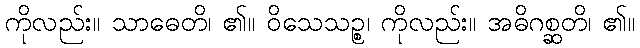
ကိုလည်း။ သာဓေတိ၊ ၏။ ဝိသေသဉ္စ၊ ကိုလည်း။ အဓိဂစ္ဆတိ၊ ၏။